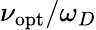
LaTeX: \nu_{\mathrm{opt}}/\omega_{D}